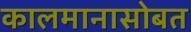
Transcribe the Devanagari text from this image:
कालमानासोबत